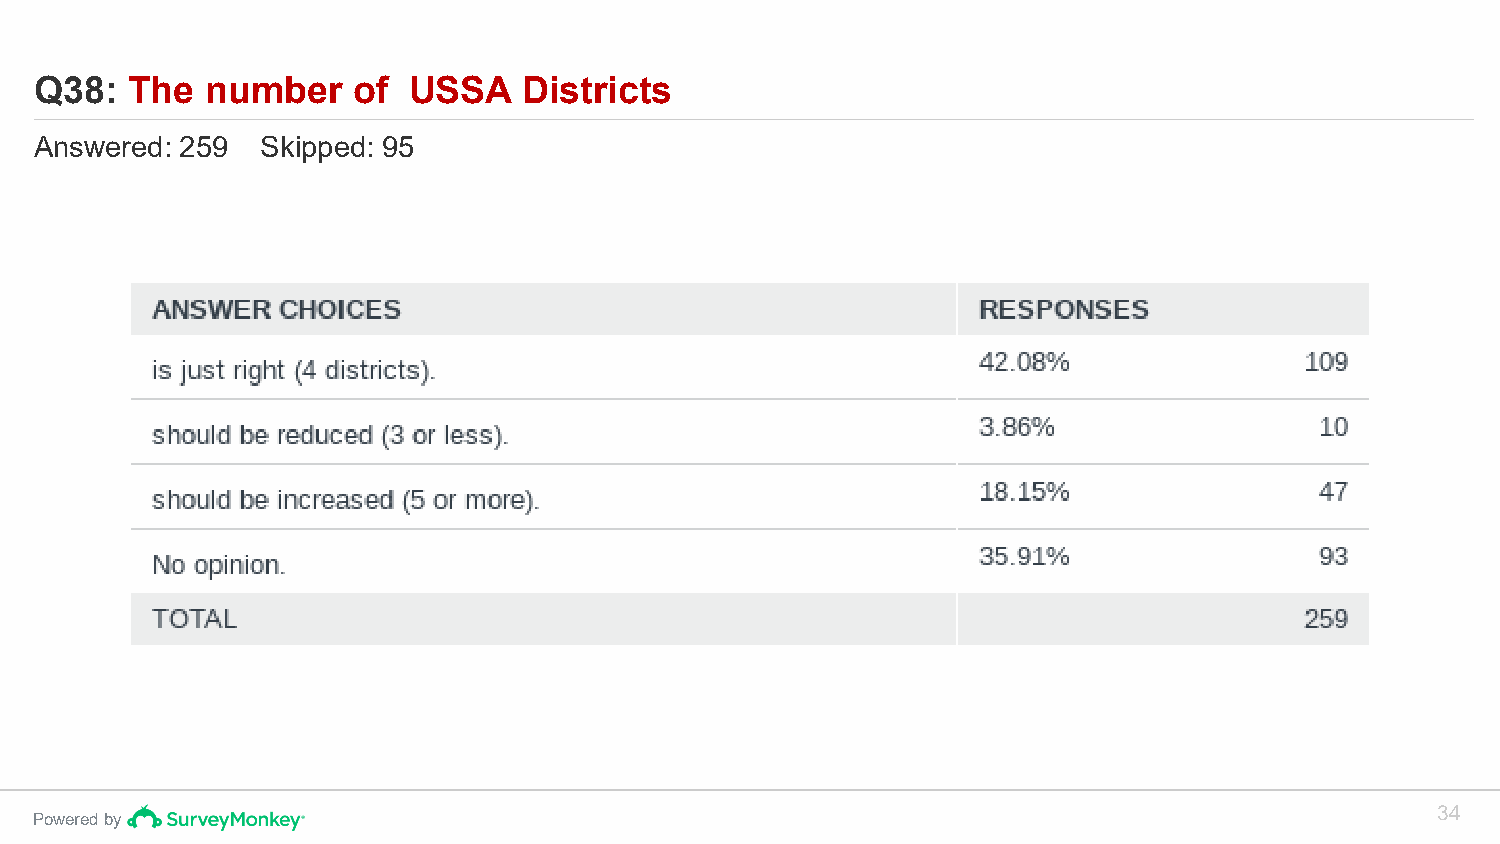
Q38:  The   number   of  USSA    Districts
 Answered: 259  Skipped: 95
 34
 Powered by